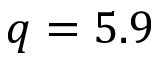
q = 5 . 9